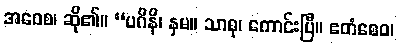
အဝေစ၊ ဆို၏။ “ပဂိနိ၊ နှမ။ သာဓု၊ ကောင်းပြီ။ ဧတံစေဝ၊